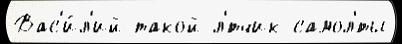
Вас'и́л'ий такой л'́тчик самол'́ты